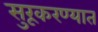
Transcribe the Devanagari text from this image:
सुरूकरण्यात